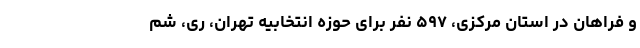
و فراهان در استان مرکزی، ۵۹۷ نفر برای حوزه انتخابیه تهران، ری، شم